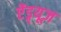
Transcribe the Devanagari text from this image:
ऐंड्र्यूज़